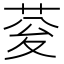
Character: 𮏉